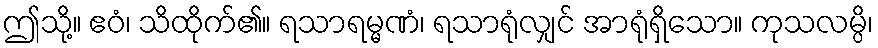
ဤသို့။ ဧဝံ၊ သိထိုက်၏။ ရသာရမ္မဏံ၊ ရသာရုံလျှင် အာရုံရှိသော။ ကုသလမ္ပိ၊